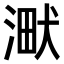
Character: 𣸋